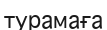
турамаға